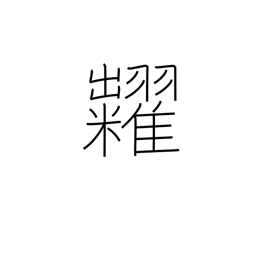
Meaning: auction